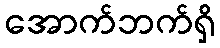
အောက်ဘက်ရှိ